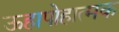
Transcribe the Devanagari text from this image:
ऊहापोहात्मक